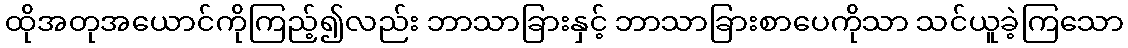
ထိုအတုအယောင်ကိုကြည့်၍လည်း ဘာသာခြားနှင့် ဘာသာခြားစာပေကိုသာ သင်ယူခဲ့ကြသော